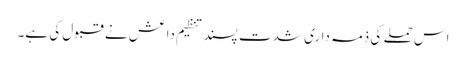
اس حملے کی ذمہ داری شدت پسند تنظیم داعش نے قبول کی ہے۔